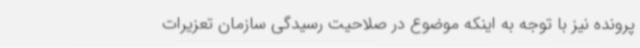
پرونده نیز با توجه به اینکه موضوع در صلاحیت رسیدگی سازمان تعزیرات